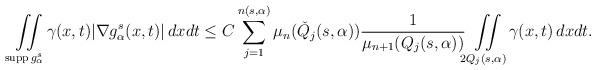
LaTeX: \begin{align*}\iint\limits_{\operatorname{supp}g^{s}_{\alpha}}\gamma(x,t)|\nabla g^{s}_{\alpha}(x,t)|\,dxdt \le C\sum\limits_{j=1}^{n(s,\alpha)}\mu_{n}(\check{Q}_{j}(s,\alpha))\frac{1}{\mu_{n+1}(Q_{j}(s,\alpha))}\iint\limits_{2Q_{j}(s,\alpha)}\gamma(x,t)\,dxdt.\end{align*}